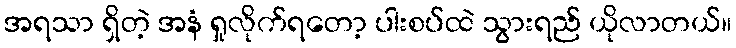
အရသာ ရှိတဲ့ အနံ ရှုလိုက်ရတော့ ပါးစပ်ထဲ သွားရည် ယိုလာတယ်။